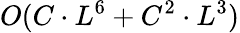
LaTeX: O(C\cdot L^{6}+C^{2}\cdot L^{3})